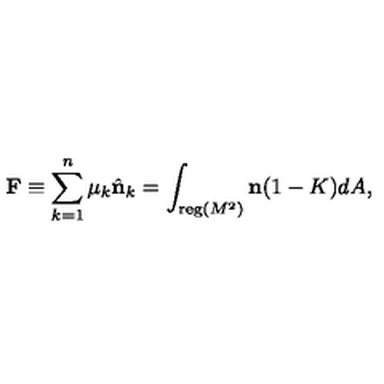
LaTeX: { \bf F } \equiv \sum _ { k = 1 } ^ { n } \mu _ { k } \hat { { \bf n } } _ { k } = \int _ { { \mathrm { \small { r e g } } } ( M ^ { 2 } ) } { \bf n } ( 1 - K ) d A ,